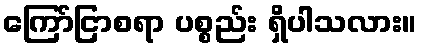
ကြော်ငြာစရာ ပစ္စည်း ရှိပါသလား။